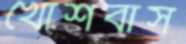
খোশবাস